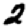
Digit: 2